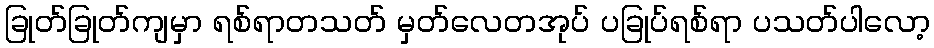
ခြုတ်ခြုတ်ကျမှာ ရစ်ရာတသတ် မှတ်လေတအုပ် ပခြုပ်ရစ်ရာ ပသတ်ပါလော့